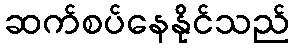
ဆက်စပ်နေနိုင်သည်